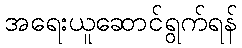
အရေးယူဆောင်ရွက်ရန်